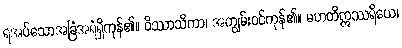
ရအပ်သောအခြံအရံရှိကုန်၏။ ဝိဿာသိကာ၊ အကျွမ်းဝင်ကုန်၏။ မဟတိဣဿရိယေ၊